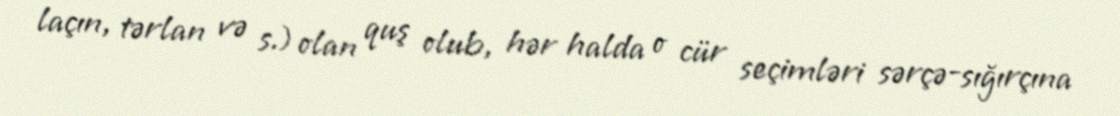
laçın, tərlan və s.) olan quş olub, hər halda o cür seçimləri sərçə-sığırçına